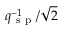
q _ { \mathrm { ~ s ~ p ~ } } ^ { - 1 } / \sqrt { 2 }